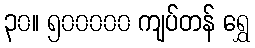
၃၀။ ၅၀၀၀၀၀ ကျပ်တန် ရွှေ